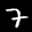
Label: 7